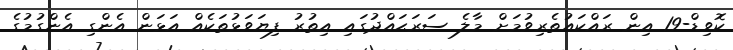
ކޮވިޑް-19 އިން ރައްކައުތެރިވުމަށް މާލެ ސަރަޙައްދުގައި އިތުރު ފިޔަވަޅުތަކެއް އަޅަން އެންގި އެންގުމުގެ